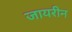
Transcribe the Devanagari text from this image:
जायरीन